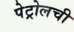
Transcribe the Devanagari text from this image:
पेट्रोलची